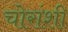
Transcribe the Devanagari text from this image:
चोरांशी